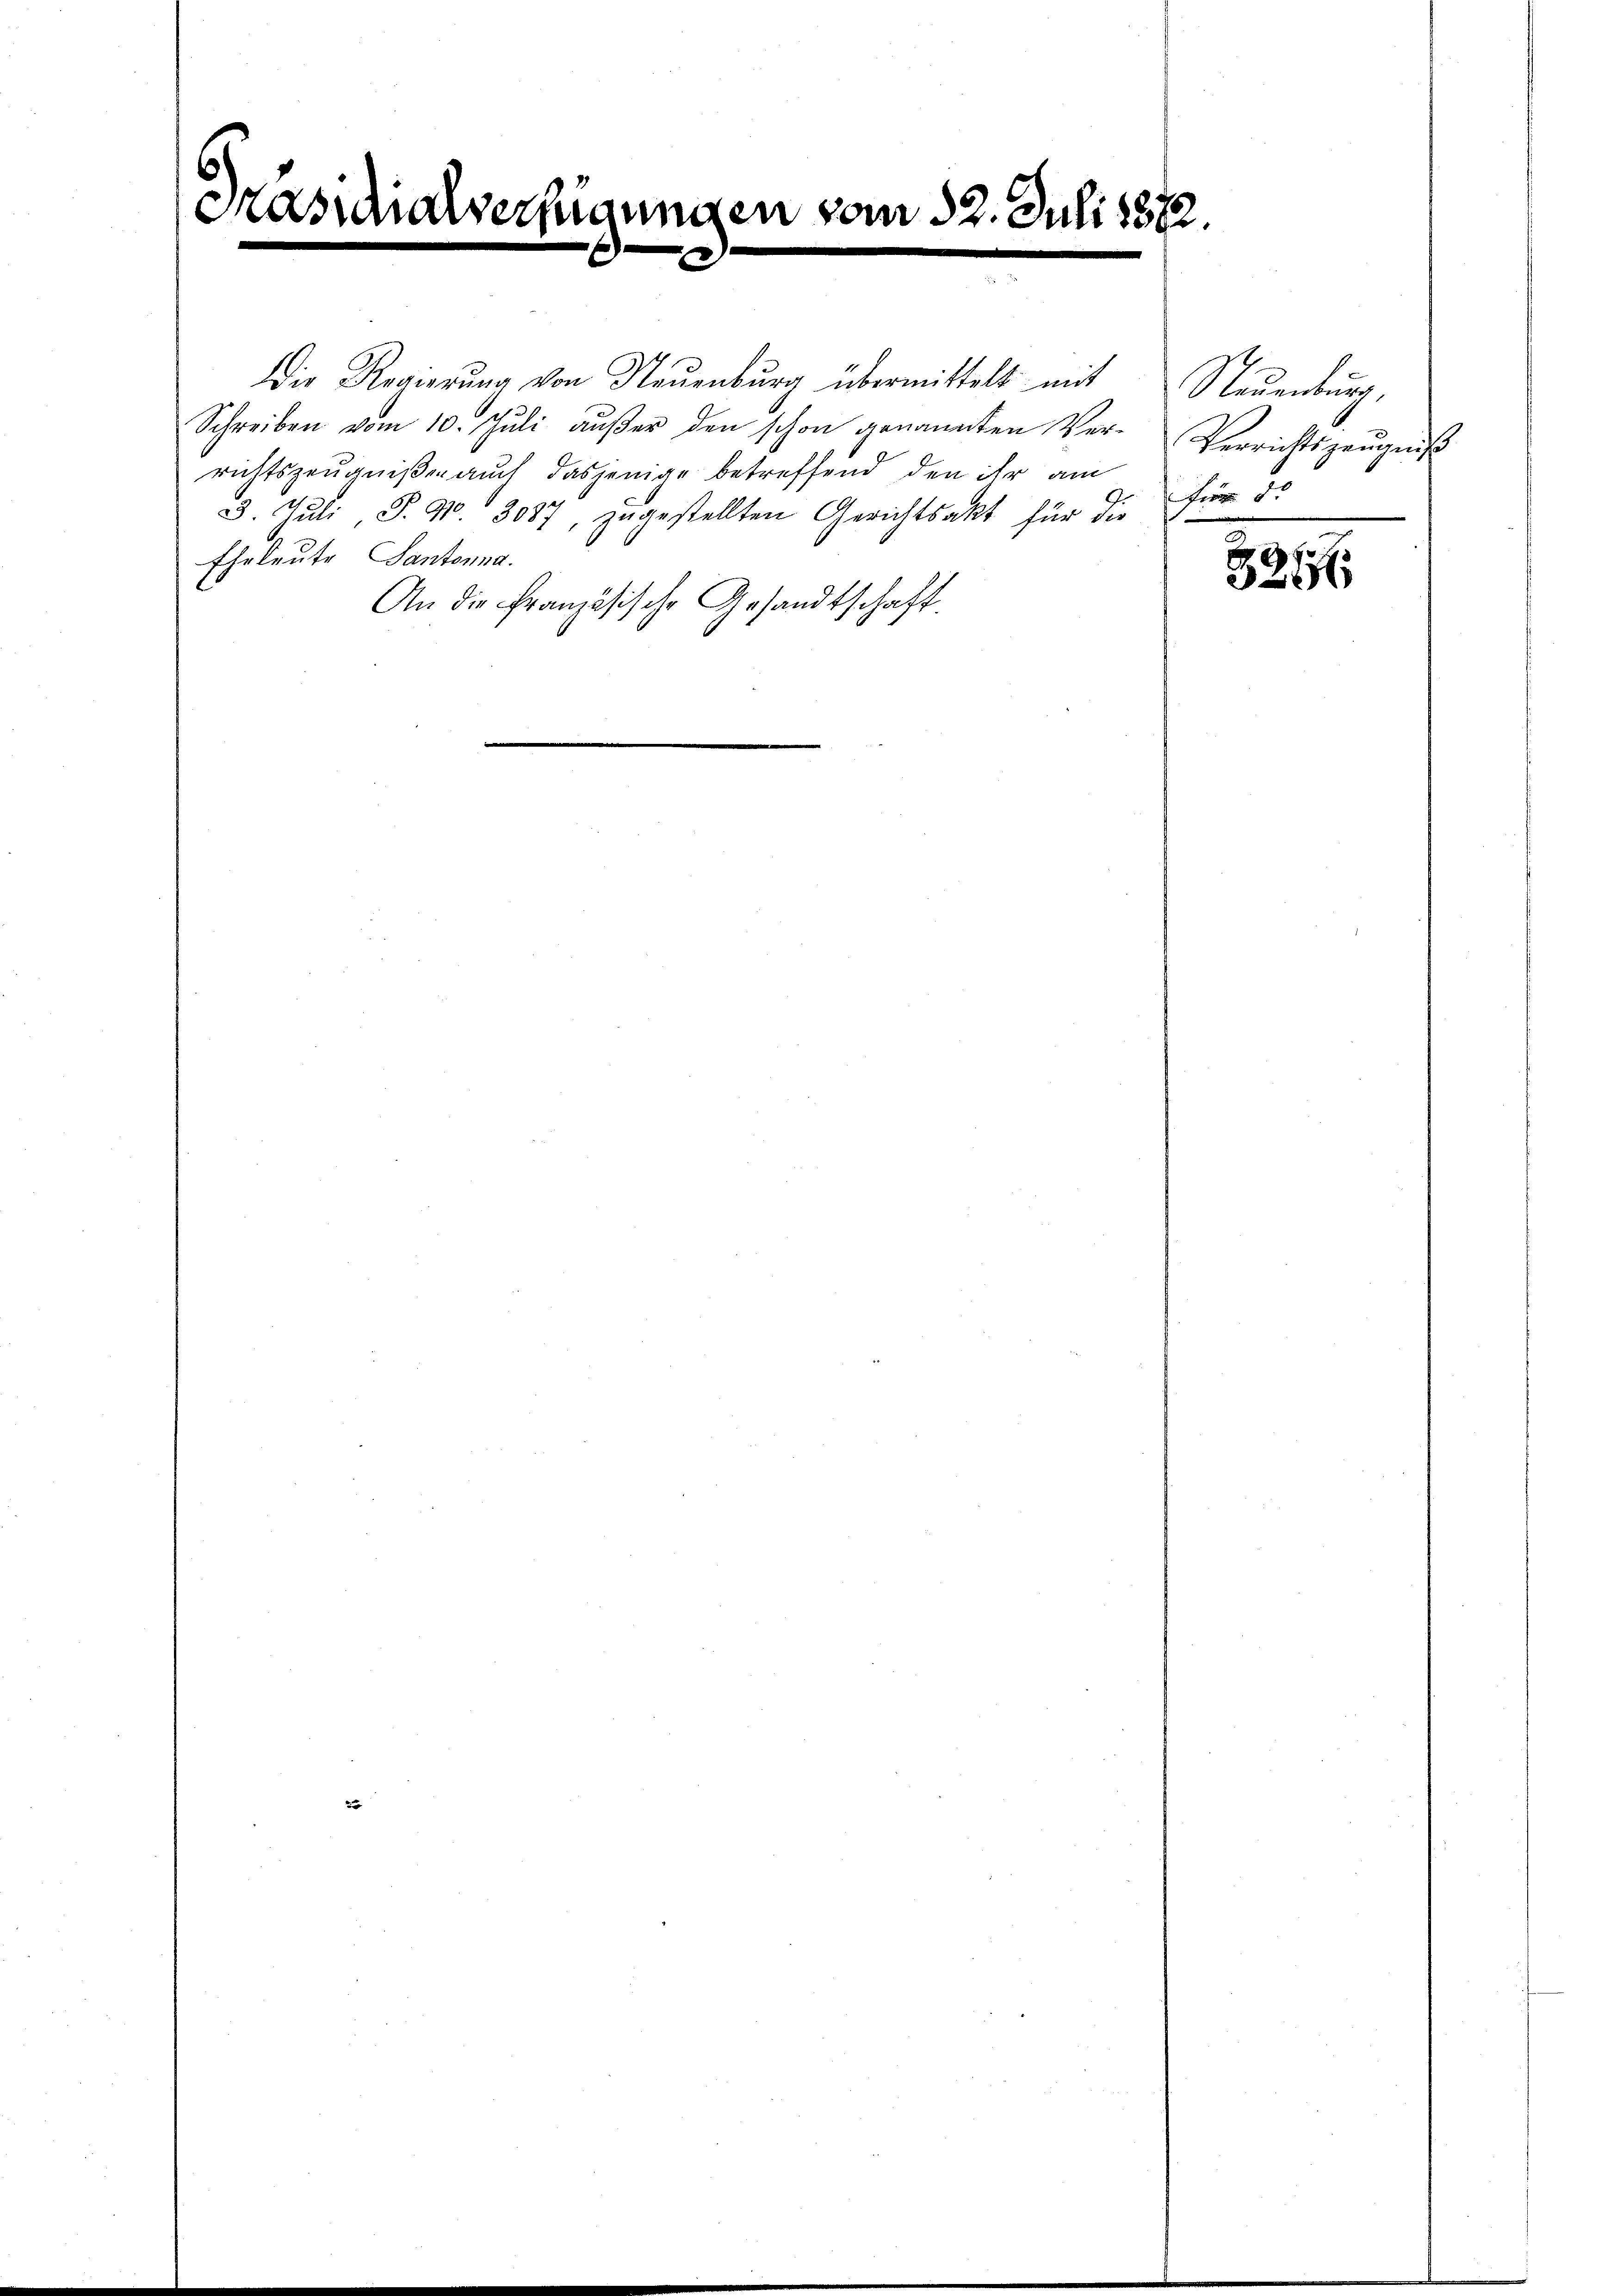
Masidialverfügungen vom 22. Juli 1882.
¬

Die Regierŭng von Neuenburg übermittelt mit
Schreiben vom 10. Jŭli aŭβer den schon genannten Ver-Verrichtszeŭgniβ
richtszeugnißen auch dasjenige betreffend den ihr am
3. Juli S. Nr. 3037, zugestellten Gerichtsakt für die
Eheleute Santonna.
An die Französische Gesandtschaft.

Steŭendŭng,
Für d

2
x